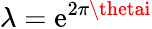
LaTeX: \lambda=\mathrm{e}^{2\pi\thetai}